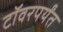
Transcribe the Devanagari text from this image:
टॉवरपर्यंत